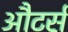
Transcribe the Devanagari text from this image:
औटर्स